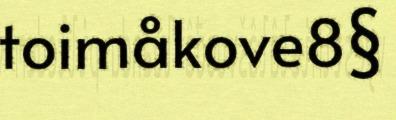
toimåkove8§